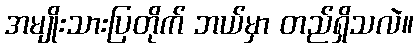
အမျိုးသားပြတိုက် ဘယ်မှာ တည်ရှိသလဲ။